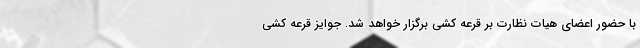
با حضور اعضای هیات نظارت بر قرعه کشی برگزار خواهد شد. جوایز قرعه کشی